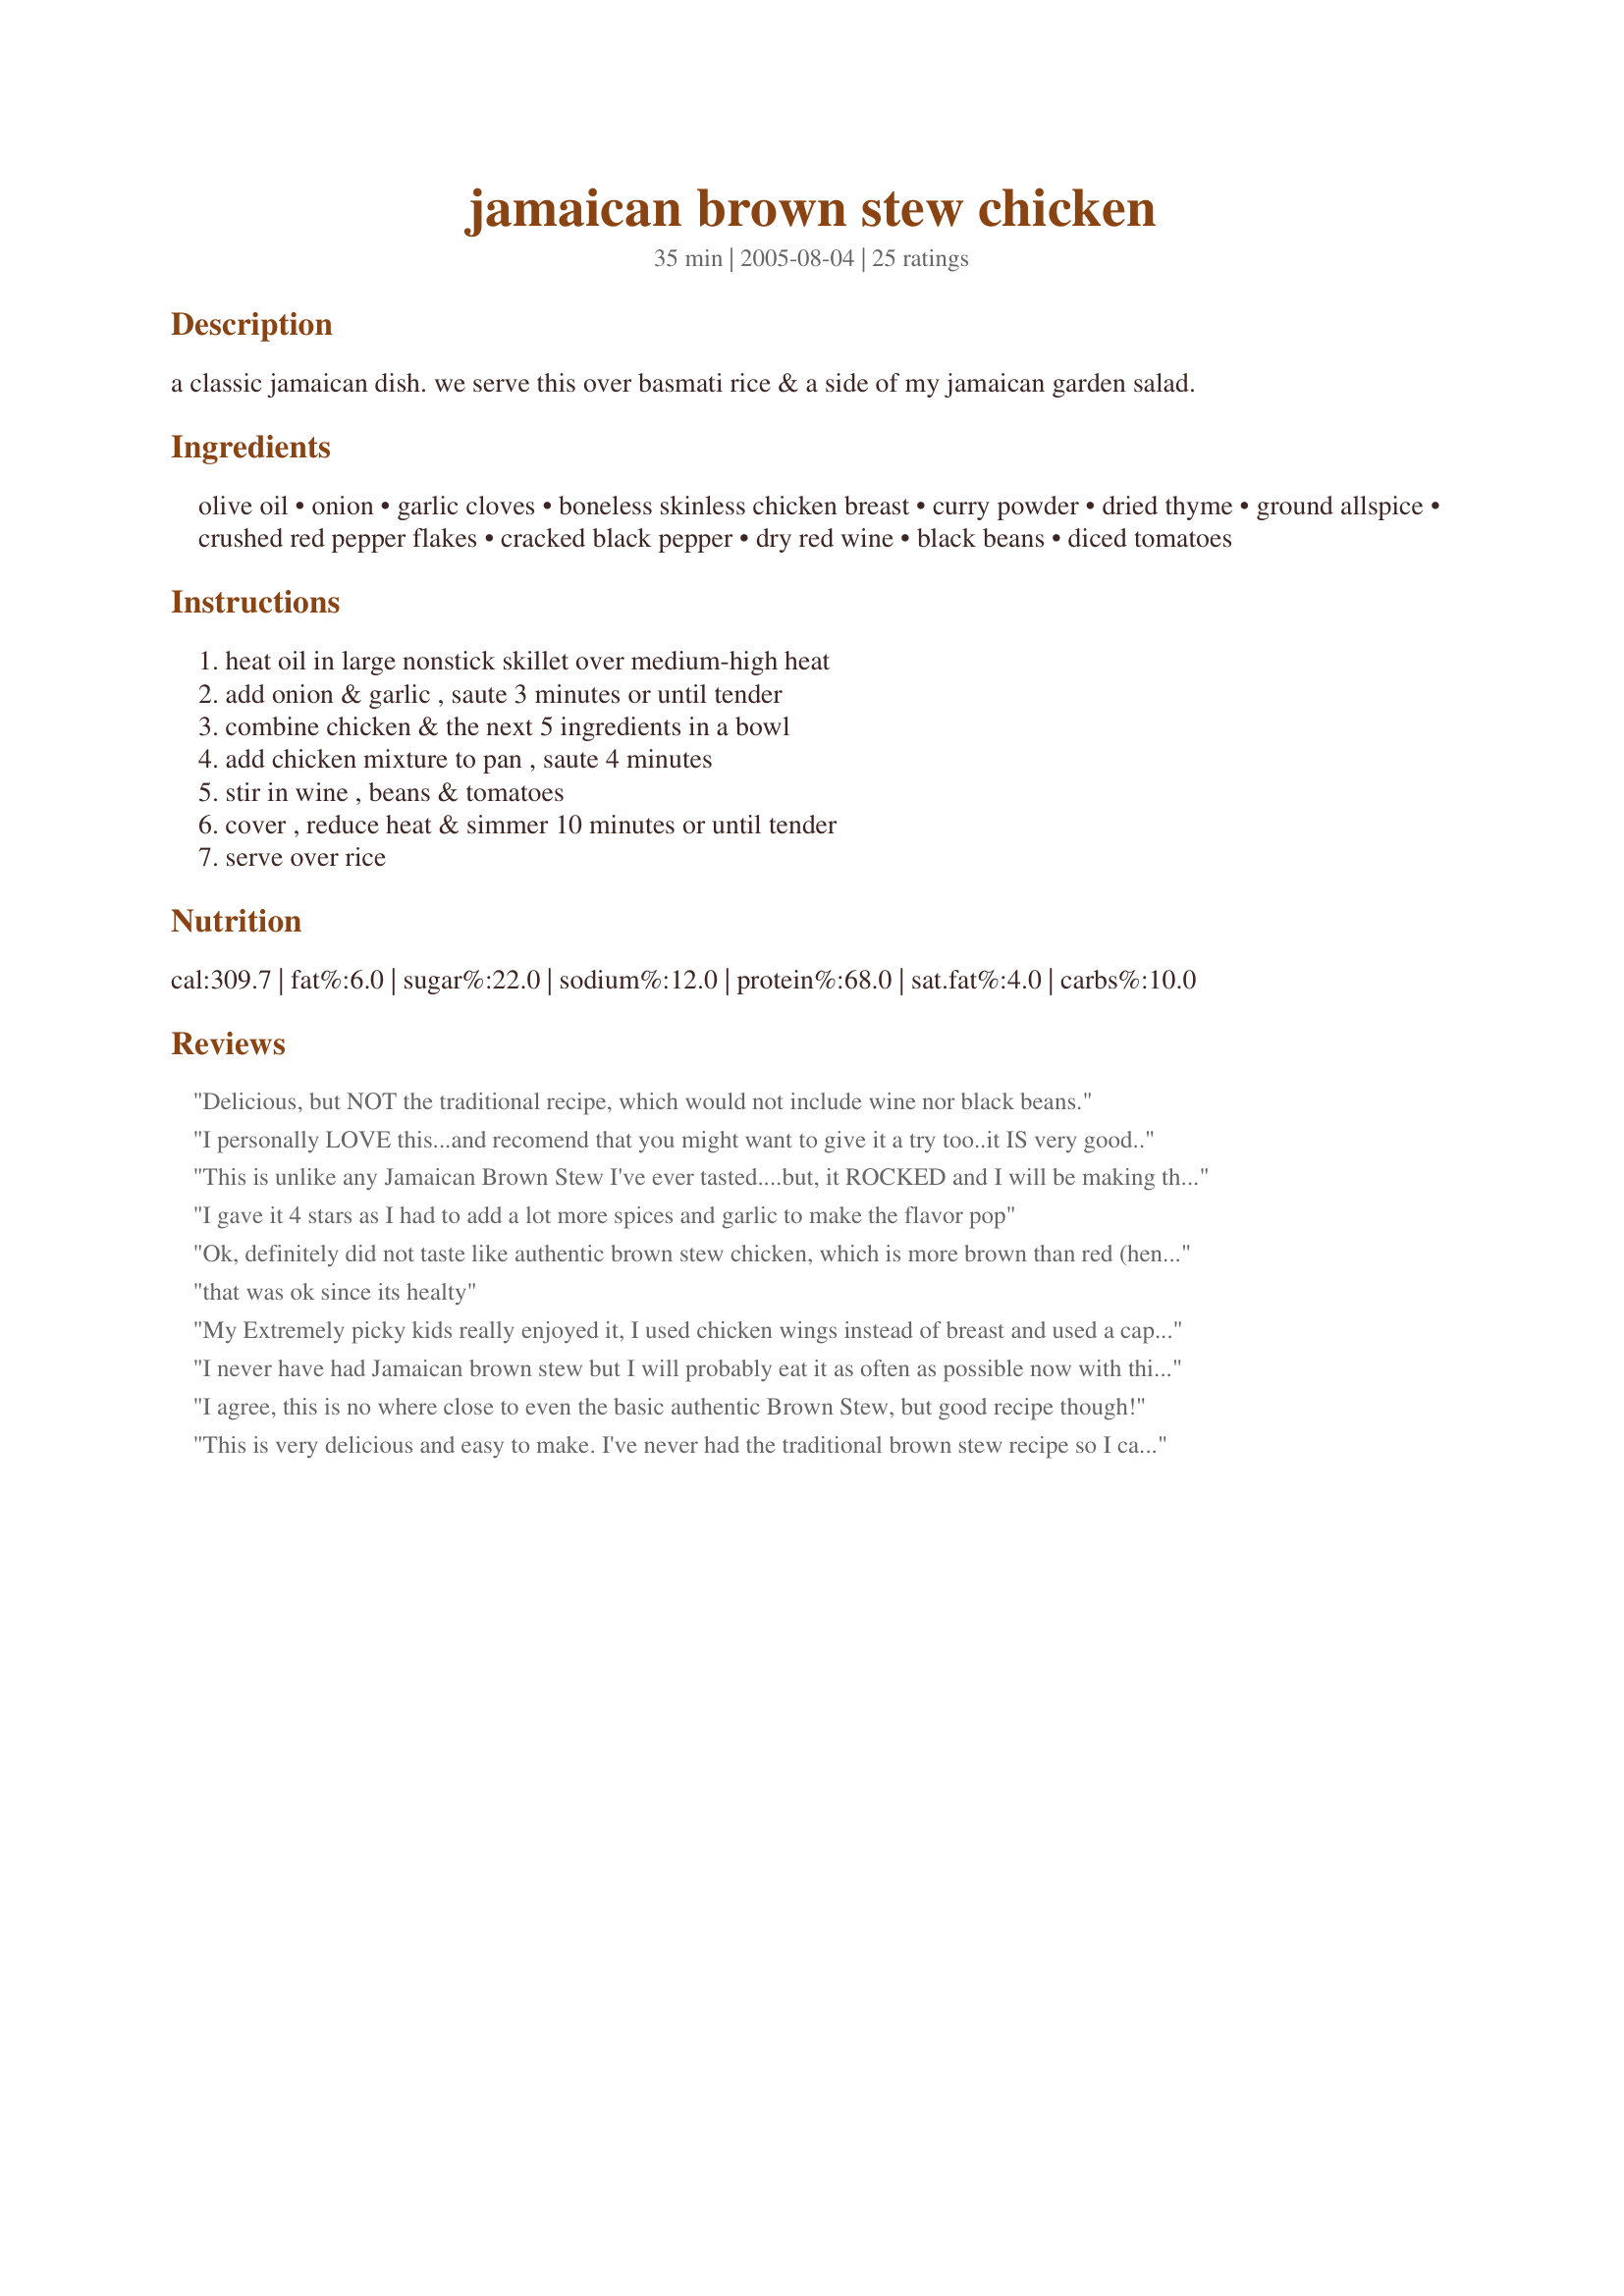
jamaican brown stew chicken
Preparation time: 35 minutes

a classic jamaican dish. we serve this over basmati rice & a side of my jamaican garden salad.

Ingredients:
olive oil, onion, garlic cloves, boneless skinless chicken breast, curry powder, dried thyme, ground allspice, crushed red pepper flakes, cracked black pepper, dry red wine, black beans, diced tomatoes

Steps:
heat oil in large nonstick skillet over medium-high heat, add onion & garlic , saute 3 minutes or until tender, combine chicken & the next 5 ingredients in a bowl, add chicken mixture to pan , saute 4 minutes, stir in wine , beans & tomatoes, cover , reduce heat & simmer 10 minutes or until tender, serve over rice

Reviews:
Delicious, but NOT the traditional recipe, which would not include wine nor black beans.
I personally LOVE this...and recomend that you might want to give it a try too..it IS very good..
This is unlike any Jamaican Brown Stew I've ever tasted....but, it ROCKED and I will be making this ultra flavorful dish again !! I used whole boneless, skinless chicken thighs instead and also added a can of butter (lima) beans to the mix. YUMMY !!!
I gave it 4 stars as I had to add a lot more spices and garlic to make the flavor pop
Ok, definitely did not taste like authentic brown stew chicken, which is more brown than red (hence the name :)), but it was still delicious. If you're looking for a recipe that's quick and tasty, give this a try! Oh, only real change I made was to use vinegar instead of wine. A great recipe, Nat! Even the kids enjoyed it. Thank you :)
that was ok since its healty
My Extremely picky kids really enjoyed it, I used chicken wings instead of breast and used a capful of vinegar becuse i didn't have red wine and it came out great
I never have had Jamaican brown stew but I will probably eat it as often as possible now with this recipe. We give it four stars based on several reasons-- easy to make with simple and clear instructions. Not very expensive if you have the allspice, curry and thyme already....and the MOST important criteria---- I made the recipe EXACTLY as stated and it is so flavorful and truly the opposite of bland. What a relief!!!! I often find we need to modify recipes to our sassy tastebuds, but not this one. Now DH can follow recipe with no notes!! Thank you so much for sharing. (PS: I ate over rice, DH opted for a big old bowlful of just stew. Both of us were happy!) :)
I agree, this is no where close to even the basic authentic Brown Stew, but good recipe though!
This is very delicious and easy to make. I've never had the traditional brown stew recipe so I can't compare. However this is still really good I doubled the allspice and curry powder for more flavor.
Great dish. Not like the brown stew i know, but still delicious.
I think the dish overall needed some salt. That was especially apparent when eating leftovers the next day. So add some soy or salt. Still great recipe.
This recipe may be very tasty indeed however it is NOT Jamaican Brown Stew chicken or even close. I felt the need to comment since I am Jamaican and was really disturbed that this recipe was being called Jamaican Brown Stew Chicken. First of all brown stew chicken does not have curry, beans, tomoatoes, or wine. As I said this sounds delicious but please don't call it what it isn't. If you ever get a chance to visit Jamaica, try some actual brown stew chicken, and I can assure you DO NOT expect this.
Unimpressed. After reading all the other reviews, thought I'd try this recipe. It was rather bland. I added ALOT of salt & ended up topping with Red Hot sauce for more flavor. Liked the ingredients, just not the flavoring. Won't make it again. There are better ones out there for my palate.
This recipe is delicious!!! I didn't change a thing. It's spicy, just the way I like it. And the wine (I used a red Zin) just takes it to the next level. It's begging for rice and I didn't have any, but I ate it by itself and kept on going back for more. This one's a keeper and I will definitely use it when I need to cook for guests!
Fantastic recipe! My wife and I threw this one together with the few ingredients we had in our kitchen and served it over some saffron rice and it has already been moved to the front of our quick weeknight meal recipe list!
I made this for dinner tonight and I felt that the dish lacked dimension in terms of flavor. Perhaps it's the kind of dish that tastes better the second day after the flavors have had a chance to mingle for a bit. It wasn't bad, just tasted flat.
Tasty sauce but the sauce was watery/chicken wasnt tender as I had hoped it would be
The taste and flavor was very vivid. It was not as liquidy as I anticipated (served on a plate instead of a bowl) but that may have been because I used fresh tomatoes instead of canned. Will make again.
I added more curry and some garlic salt. Was very quick and tasty. Not quite like traditional brown stew chicken but my Jamaican husband gave it a thumbs up!
Well, whether this is an authentic recipe or not, this stuff is da bomb! Followed the recipe exactly, except for adding a little salt. Also took another reviewer's advice and used a zinfandel wine, which was an excellent suggestion. DH and I both loved it and agreed that it could become highly addictive!
Super easy to prepare and delicious as well! Everyone loved it--although it was a bit spicy (which I enjoy). My dish was brown--I don't know if it's because I let it simmer a bit longer, or what--but it definitely wasn't red. Thanks for posting, Nat Da Brat!
We be jammin' with this recipe! I served it with a mixed salad, white rice and baked plaintains; the sweetness of which added a whole other dimension to dinner. Thanks for sharing this great, easy recipe.
I don't know what the traditional dish tastes like, but I like this.

I will admit it's more red than brown.
What I liked about this dish, is not only is it tasty, but very fast!
OH!! This is SO GOOD! I had quite a bit at dinner, but there was a bit left that got devoured at bedtime too. I made it exactly as written, except that I had Italian style diced tomatoes on hand so I used those. Started it in a pan and then finished in a crock pot for about an hour to let the flavors really meld. Incredible. I feel those tropic breezes now .... Thanks Nat!
